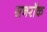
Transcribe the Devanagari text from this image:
सनरॉक